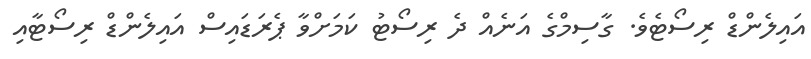
އައިލެންޑް ރިސޯޓެވެ. ގާސިމްގެ އަނެއް ދެ ރިސޯޓު ކަމަށްވާ ޕެރަޑައިސް އައިލެންޑް ރިސޯޓާއި